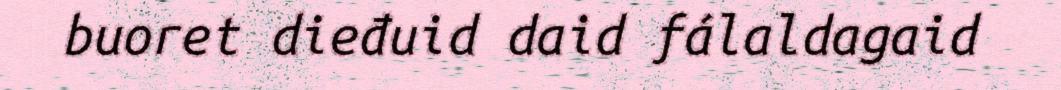
buoret dieđuid daid fálaldagaid